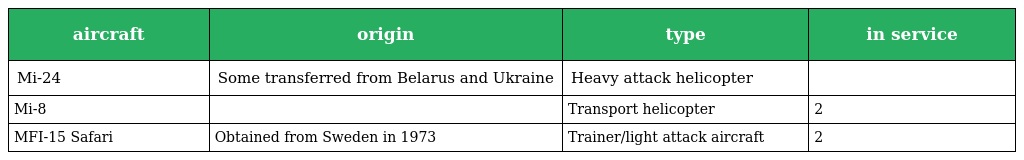
| aircraft | origin | type | in service |
 | --- | --- | --- | --- |
 | Mi-24 | Some transferred from Belarus and Ukraine | Heavy attack helicopter |  |
 | Mi-8 |  | Transport helicopter | 2 |
 | MFI-15 Safari | Obtained from Sweden in 1973 | Trainer/light attack aircraft | 2 |